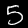
Digit: 5